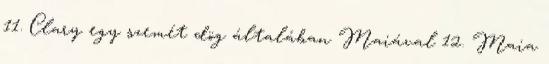
11. Clary egy szemét dög általában Maiával 12. Maia